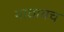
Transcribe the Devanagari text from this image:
गाठायच